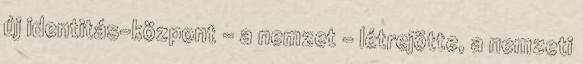
új identitás-központ – a nemzet – létrejötte, a nemzeti